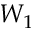
W _ { 1 }